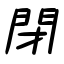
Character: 閉